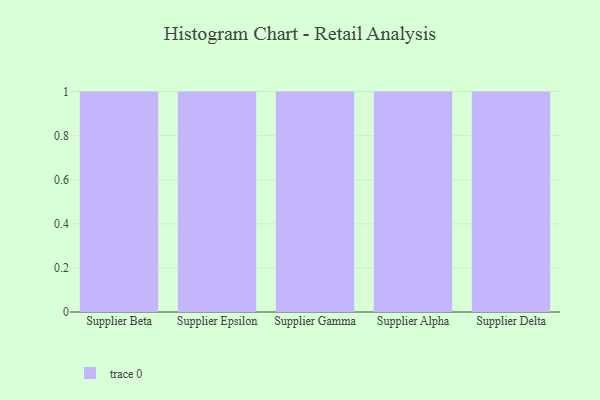
{"axis": {"x": "Supplier", "y": "Shipments"}, "legend": [""], "data": [{"x": "Supplier Beta", "y": 71, "type": ""}, {"x": "Supplier Epsilon", "y": 8, "type": ""}, {"x": "Supplier Gamma", "y": 68, "type": ""}, {"x": "Supplier Alpha", "y": 47, "type": ""}, {"x": "Supplier Delta", "y": 28, "type": ""}]}